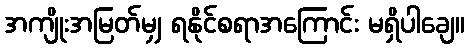
အကျိုးအမြတ်မျှ ရနိုင်စရာအကြောင်း မရှိပါချေ။